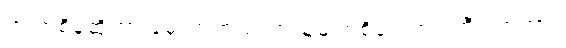
ဉာဏ်စိန်ဆိုတာ မွေးကတည်းကသူ့မျက်စိရှေ့တင်ကြီးလာတာ။